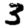
Digit: 3